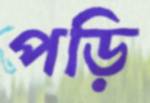
পড়ি